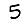
Digit: 5